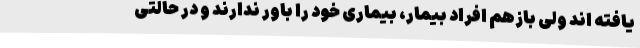
یافته اند ولی بازهم افراد بیمار، بیماری خود را باور ندارند و در حالتی